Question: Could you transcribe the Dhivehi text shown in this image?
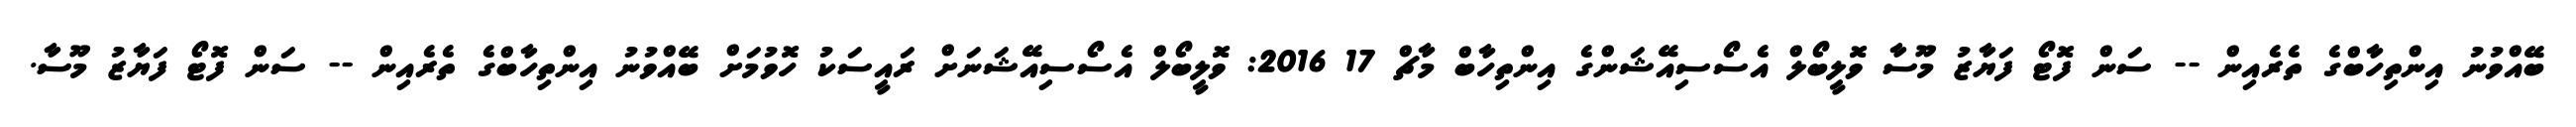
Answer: ބޭއްވުނު އިންތިހާބްގެ ތެރެއިން -- ސަން ފޮޓޯ ފަޔާޒު މޫސާ ވޮލީބޯލް އެސޯސިއޭޝަންގެ އިންތިހާބް މާޗް 17 2016: ވޮލީބޯލް އެސޯސިއޭޝަނަށް ރައީސަކު ހޮވުމަށް ބޭއްވުނު އިންތިހާބްގެ ތެރެއިން -- ސަން ފޮޓޯ ފަޔާޒު މޫސާ.